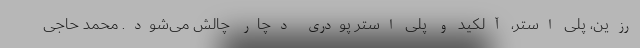
رزین، پلی استر، آلکید و پلی استر پودری دچار چالش می‌شود. محمد حاجی